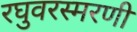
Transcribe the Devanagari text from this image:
रघुवरस्मरणी